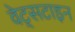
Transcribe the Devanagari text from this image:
वेट्सटाइन